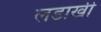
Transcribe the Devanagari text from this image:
लडाखी